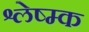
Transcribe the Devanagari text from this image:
श्लेष्म्क